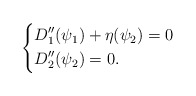
\begin{align*}\left\{\begin{aligned} & D_1''(\psi_1)+\eta(\psi_2)=0 \\ & D_2''(\psi_2)=0.\end{aligned}\right.\end{align*}